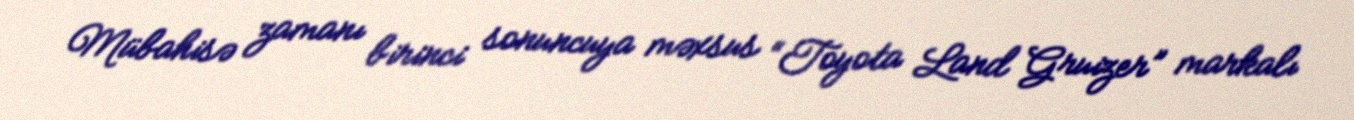
Mübahisə zamanı birinci sonuncuya məxsus “Toyota Land Gruizer” markalı